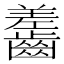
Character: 齹